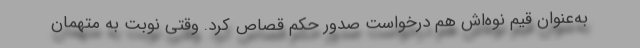
به‌عنوان قیم نوه‌اش هم درخواست صدور حکم قصاص کرد. وقتی نوبت به متهمان